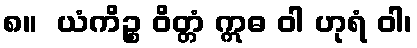
၈။  ယံကိဉ္စ ဝိတ္တံ ဣဓ ဝါ ဟုရံ ဝါ၊